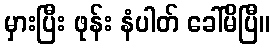
မှားပြီး ဖုန်း နံပါတ် ခေါ်မိပြီ။